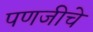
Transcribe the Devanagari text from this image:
पणजीचे